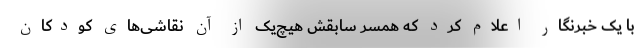
با یک خبرنگار اعلام کرد که همسر سابقش هیچ‌یک از آن نقاشی‌های کودکان